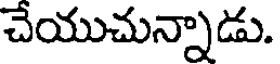
చేయుచున్నాడు.